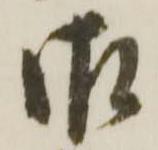
御